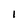
Character: 1